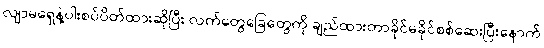
လျာမရှေနဲ့ပါးစပ်ပိတ်ထားဆိုပြီး လက်တွေခြေတွေကို ချည်ထားတာခိုင်မခိုင်စစ်ဆေးပြီးနောက်